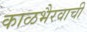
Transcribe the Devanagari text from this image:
काळभैरवाची